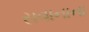
સવાનાના